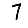
Digit: 7